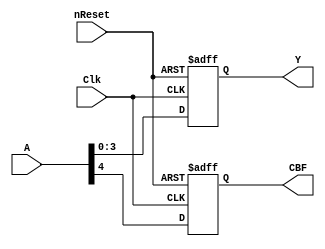
module accumulator(A,Clk,nReset,CBF,Y);
	input [4:0] A;
	input Clk,nReset;
	output reg CBF;
	output reg [3:0] Y;

	always @ (negedge Clk or negedge nReset)
	begin
	if(!nReset)
		begin
		CBF <= 0;
		Y <= 0;
		end
	else
		begin
		CBF= A[4];
		Y <= {A[3],A[2],A[1],A[0]};
		end
	end

endmodule